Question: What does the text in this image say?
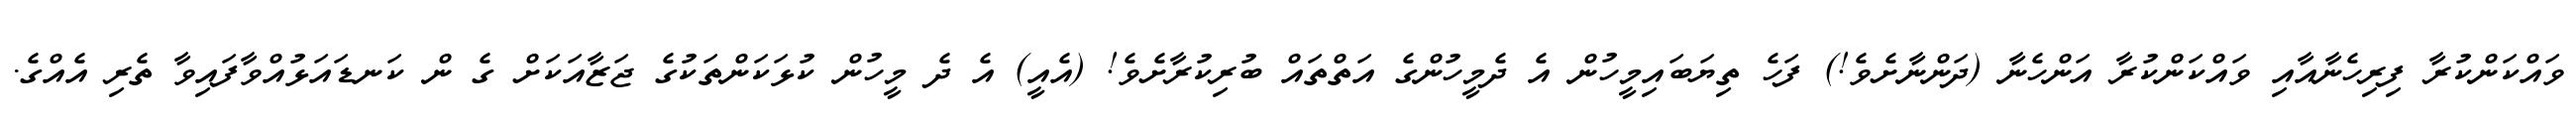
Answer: ވައްކަންކުރާ ފިރިހެނާއާއި ވައްކަންކުރާ އަންހެނާ (ދަންނާށެވެ!) ފަހެ ތިޔަބައިމީހުން އެ ދެމީހުންގެ އަތްތައް ބުރިކުރާށެވެ! (އެއީ) އެ ދެ މީހުން ކުޅަކަންތަކުގެ ޖަޒާއަކަށް ގެ ން ކަނޑައަޅުއްވާފައިވާ ތެރި އެއްގެ.